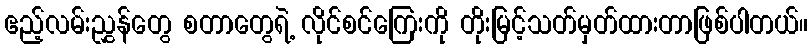
ဧည့်လမ်းညွှန်တွေ စတာတွေရဲ့ လိုင်စင်ကြေးကို တိုးမြင့်သတ်မှတ်ထားတာဖြစ်ပါတယ်။